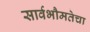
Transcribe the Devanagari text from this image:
सार्वभौमतेचा